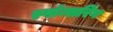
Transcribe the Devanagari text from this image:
स्पॉन्सरिंग